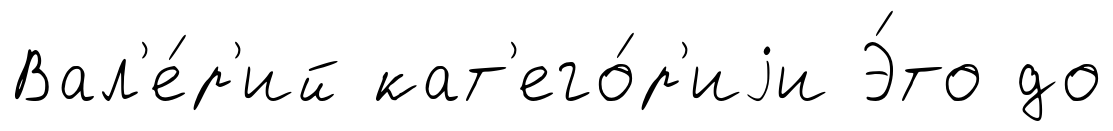
Вал'е́р'ий кат'его́р'иjи Э́то до